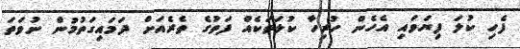
ފެހި ކުލަ ފިޔަވައި އެހެން ހުރިހާ ކުލަތަކެއް ފަތުގެ ތެރެއަށް ދަމައިގަތުމުން ނުވަތަ